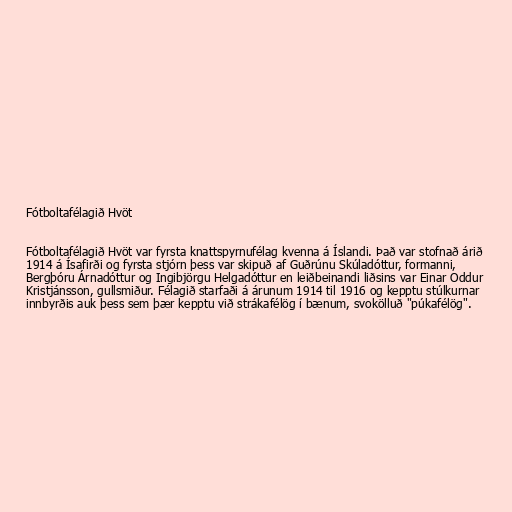
Fótboltafélagið Hvöt

Fótboltafélagið Hvöt var fyrsta knattspyrnufélag kvenna á Íslandi. Það var stofnað árið
1914 á Ísafirði og fyrsta stjórn þess var skipuð af Guðrúnu Skúladóttur, formanni,
Bergþóru Árnadóttur og Ingibjörgu Helgadóttur en leiðbeinandi liðsins var Einar Oddur
Kristjánsson, gullsmiður. Félagið starfaði á árunum 1914 til 1916 og kepptu stúlkurnar
innbyrðis auk þess sem þær kepptu við strákafélög í bænum, svokölluð "púkafélög".